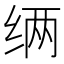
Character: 𮉧